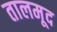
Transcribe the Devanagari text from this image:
तालमूद